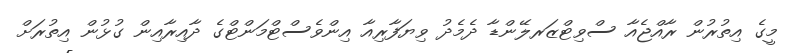
މީގެ އިތުރުން ރާއްޖެއާ ސްވިޓްޒަރލޭންޑާ ދެމެދު ވިޔަފާރިއާ އިންވެސްޓްމަންޓްގެ ދާއިރާއިން ގުޅުން އިތުރަށް